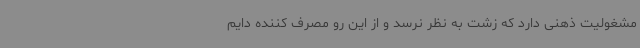
مشغولیت ذهنی دارد که زشت به نظر نرسد و از این رو مصرف کننده دایم